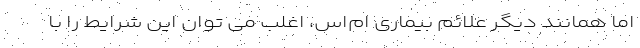
اما همانند دیگر علائم بیماری ام‌اس، اغلب می توان این شرایط را با